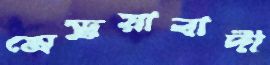
মেড়ুয়াবাদী